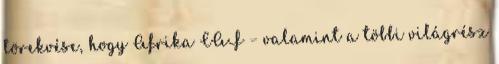
törekvése, hogy Afrika CAF – valamint a többi világrész